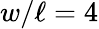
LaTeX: w/\ell=4